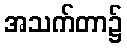
အသက်တာ၌